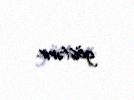
göstərir.